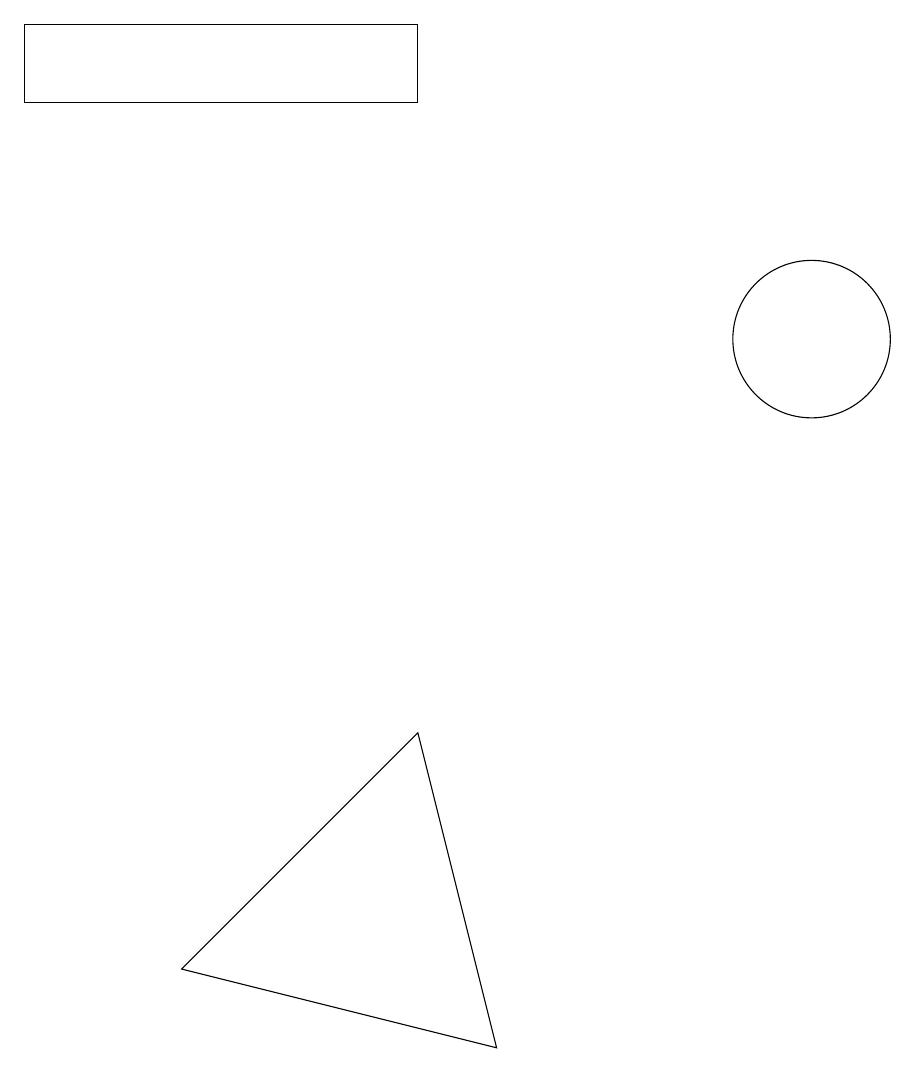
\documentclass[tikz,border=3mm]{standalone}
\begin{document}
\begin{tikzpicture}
\draw (6,1) -- (5,5) -- (2,2) -- cycle;
\draw (0,14) rectangle (5,13);
\draw (10,11) circle (0);
\draw (10,10) circle (1);
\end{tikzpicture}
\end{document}